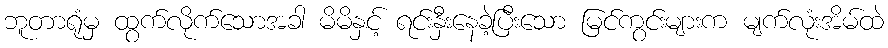
ဘူတာရုံမှ ထွက်လိုက်သောအခါ မိမိနှင့် ရင်းနှီးနေခဲ့ပြီးသော မြင်ကွင်းများက မျက်လုံးအိမ်ထဲ